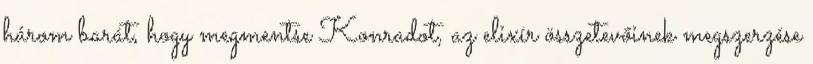
három barát, hogy megmentse Konradot, az elixír összetevőinek megszerzése